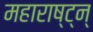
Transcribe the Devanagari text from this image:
महाराष्ट्न्